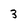
Character: 3